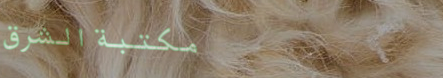
مكتبة الشرق